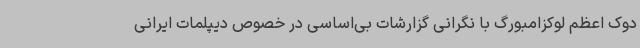
دوک اعظم لوکزامبورگ با نگرانی گزارشات بی‌اساسی در خصوص دیپلمات ایرانی